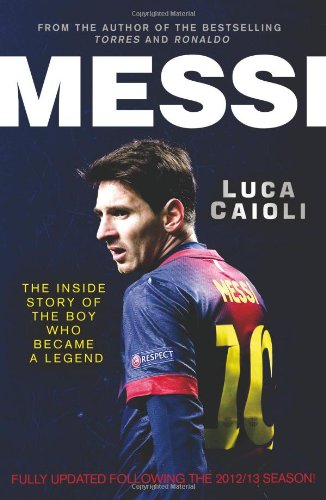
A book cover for Messi: 2013 Edition; Luca Caioli; Biographies & Memoirs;